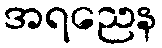
အရညေန